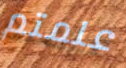
علمتم